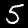
Label: 5